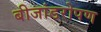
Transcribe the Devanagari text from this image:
बीजांडरोपण